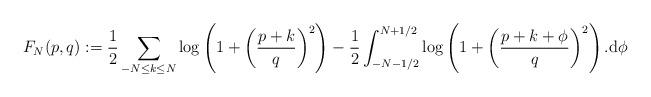
LaTeX: \begin{align*} F_N(p,q) := \frac{1}{2} \sum_{ - N \leq k \leq N } \log\left( 1 + \left(\frac{ p + k }{q} \right)^2 \right) - \frac{1}{2} \int_{ - N - 1/2 }^{N + 1/2 } \log\left( 1 + \left( \frac{ p + k + \phi }{ q} \right)^2 \right) .\mathrm{d} \phi \end{align*}